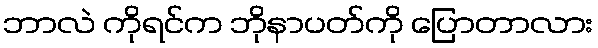
ဘာလဲ ကိုရင်က ဘိုနာပတ်ကို ပြောတာလား